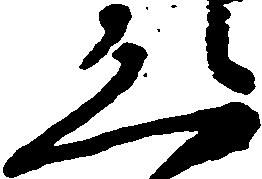
恐